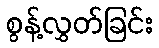
စွန့်လွှတ်ခြင်း